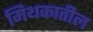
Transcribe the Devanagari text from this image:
मिथकातील